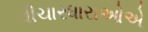
વીચારધારાઓએ